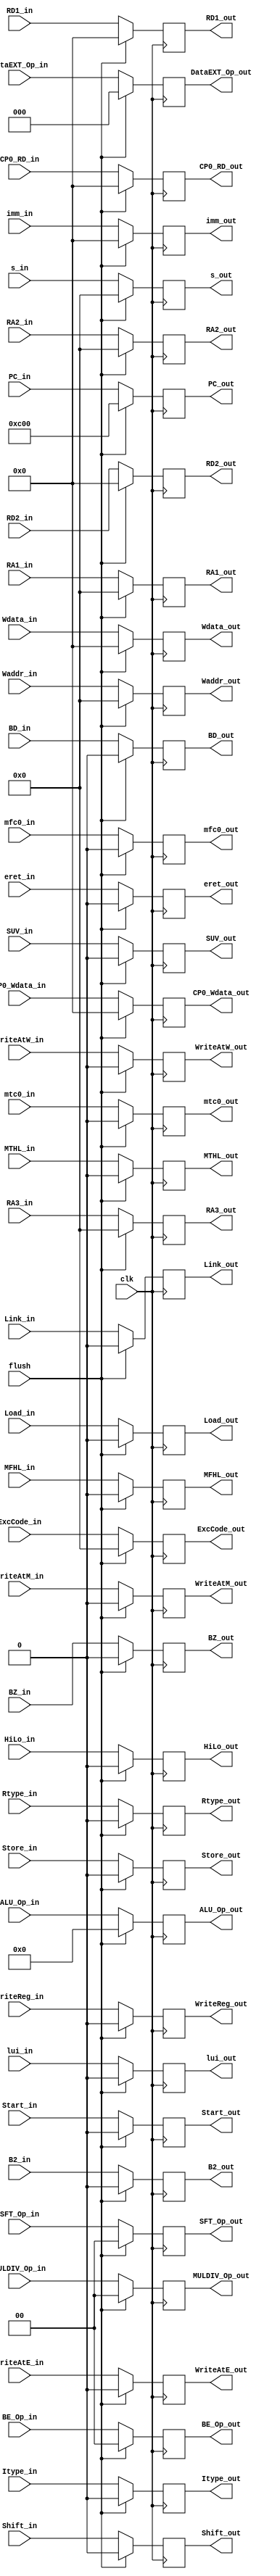
`timescale 1ns / 1ps
//////////////////////////////////////////////////////////////////////////////////
// Company: 
// Engineer: 
// 
// Design Name: 
// Module Name:    ID_EX 
// Project Name: 
// Target Devices: 
// Tool versions: 
// Description: 
//
// Dependencies: 
//
// Revision: 
// Revision 0.01 - File Created
// Additional Comments: 
//
//////////////////////////////////////////////////////////////////////////////////
module ID_EX(
	//signals input
	ALU_Op_in,DataEXT_Op_in,SFT_Op_in,MULDIV_Op_in,BE_Op_in,
	lui_in,Link_in,HiLo_in,Shift_in,MFHL_in,MTHL_in,Start_in,Store_in,Load_in,WriteReg_in,
	BZ_in,B2_in,Itype_in,Rtype_in,SUV_in,
	WriteAtE_in,WriteAtM_in,WriteAtW_in,
	eret_in,mfc0_in,mtc0_in,BD_in,
	//data input
	RD1_in,RD2_in,RA1_in,RA2_in,RA3_in,Waddr_in,Wdata_in,imm_in,s_in,
	PC_in,ExcCode_in,
	CP0_Wdata_in,CP0_RD_in,
	//signals output
	ALU_Op_out,DataEXT_Op_out,SFT_Op_out,MULDIV_Op_out,BE_Op_out,
	lui_out,Link_out,HiLo_out,Shift_out,MFHL_out,MTHL_out,Start_out,Store_out,Load_out,WriteReg_out,
	BZ_out,B2_out,Itype_out,Rtype_out,SUV_out,
	WriteAtE_out,WriteAtM_out,WriteAtW_out,
	eret_out,mfc0_out,mtc0_out,BD_out,
	//data output
	RD1_out,RD2_out,RA1_out,RA2_out,RA3_out,Waddr_out,Wdata_out,imm_out,s_out,
	PC_out,ExcCode_out,
	CP0_Wdata_out,CP0_RD_out,
	//control signals
	clk,flush
   );
	input clk,flush;
	input[31:0]RD1_in,RD2_in,Wdata_in,imm_in,CP0_Wdata_in,CP0_RD_in;
	input[31:2]PC_in;
	input[6:2]ExcCode_in;
	input[4:0]RA1_in,RA2_in,RA3_in,Waddr_in,s_in;
	input[3:0]ALU_Op_in;
	input[2:0]DataEXT_Op_in;
	input[1:0]SFT_Op_in,MULDIV_Op_in,BE_Op_in;
	input lui_in,Link_in,HiLo_in,Shift_in,MFHL_in,MTHL_in,Start_in,Store_in,Load_in,WriteReg_in,
			BZ_in,B2_in,Itype_in,Rtype_in,SUV_in,
			WriteAtE_in,WriteAtM_in,WriteAtW_in,
			eret_in,mfc0_in,mtc0_in,BD_in;
	output reg[31:0]RD1_out,RD2_out,Wdata_out,imm_out,CP0_Wdata_out,CP0_RD_out;
	output reg[31:2]PC_out;
	output reg[6:2]ExcCode_out;
	output reg[4:0]RA1_out,RA2_out,RA3_out,Waddr_out,s_out;
	output reg[3:0]ALU_Op_out;
	output reg[2:0]DataEXT_Op_out;
	output reg[1:0]SFT_Op_out,MULDIV_Op_out,BE_Op_out;
	output reg lui_out,Link_out,HiLo_out,Shift_out,MFHL_out,MTHL_out,Start_out,Store_out,Load_out,WriteReg_out,
				  BZ_out,B2_out,Itype_out,Rtype_out,SUV_out,
				  WriteAtE_out,WriteAtM_out,WriteAtW_out,
				  eret_out,mfc0_out,mtc0_out,BD_out;
	
	initial begin
		ALU_Op_out <= 0;
		DataEXT_Op_out <= 0;
		SFT_Op_out <= 0;
		MULDIV_Op_out <= 0;
		BE_Op_out <= 0;
		lui_out <= 0;
		Link_out <= 0;
		HiLo_out <= 0;
		Shift_out <= 0;
		MFHL_out <= 0;
		MTHL_out <= 0;
		Start_out <= 0;
		Store_out <= 0;
		Load_out <= 0;
		WriteReg_out <= 0;
		BZ_out <= 0;
		B2_out <= 0;
		Itype_out <= 0;
		Rtype_out <= 0;
		SUV_out <= 0;
		WriteAtE_out <= 0;
		WriteAtM_out <= 0;
		WriteAtW_out <= 0;
		RD1_out <= 0;
		RD2_out <= 0;
		RA1_out <= 0;
		RA2_out <= 0;
		RA3_out <= 0;
		Waddr_out <= 0;
		Wdata_out <= 0;
		imm_out <= 0;
		s_out <= 0;
		PC_out <= 32'hc00;
		ExcCode_out <= 0;
		eret_out <= 0;
		mfc0_out <= 0;
		mtc0_out <= 0;
		CP0_Wdata_out <= 0;
		CP0_RD_out <= 0;
		BD_out <= 0;
	end
	
	always @(posedge clk)begin
		if(flush)begin
			ALU_Op_out <= 0;
			DataEXT_Op_out <= 0;
			SFT_Op_out <= 0;
			MULDIV_Op_out <= 0;
			BE_Op_out <= 0;
			lui_out <= 0;
			Link_out <= 0;
			HiLo_out <= 0;
			Shift_out <= 0;
			MFHL_out <= 0;
			MTHL_out <= 0;
			Start_out <= 0;
			Store_out <= 0;
			Load_out <= 0;
			WriteReg_out <= 0;
			BZ_out <= 0;
			B2_out <= 0;
			Itype_out <= 0;
			Rtype_out <= 0;
			SUV_out <= 0;
			WriteAtE_out <= 0;
			WriteAtM_out <= 0;
			WriteAtW_out <= 0;
			RD1_out <= 0;
			RD2_out <= 0;
			RA1_out <= 0;
			RA2_out <= 0;
			RA3_out <= 0;
			Waddr_out <= 0;
			Wdata_out <= 0;
			imm_out <= 0;
			s_out <= 0;
			PC_out <= 32'hc00;
			ExcCode_out <= 0;
			eret_out <= 0;
			mfc0_out <= 0;
			mtc0_out <= 0;
			CP0_Wdata_out <= 0;
			CP0_RD_out <= 0;
			BD_out <= 0;
		end
		else begin
			ALU_Op_out <= ALU_Op_in;
			DataEXT_Op_out <= DataEXT_Op_in;
			SFT_Op_out <= SFT_Op_in;
			MULDIV_Op_out <= MULDIV_Op_in;
			BE_Op_out <= BE_Op_in;
			lui_out <= lui_in;
			Link_out <= Link_in;
			HiLo_out <= HiLo_in;
			Shift_out <= Shift_in;
			MFHL_out <= MFHL_in;
			MTHL_out <= MTHL_in;
			Start_out <= Start_in;
			Store_out <= Store_in;
			Load_out <= Load_in;
			WriteReg_out <= WriteReg_in;
			BZ_out <= BZ_in;
			B2_out <= B2_in;
			Itype_out <= Itype_in;
			Rtype_out <= Rtype_in;
			SUV_out <= SUV_in;
			WriteAtE_out <= WriteAtE_in;
			WriteAtM_out <= WriteAtM_in;
			WriteAtW_out <= WriteAtW_in;
			RD1_out <= RD1_in;
			RD2_out <= RD2_in;
			RA1_out <= RA1_in;
			RA2_out <= RA2_in;
			RA3_out <= RA3_in;
			Waddr_out <= Waddr_in;
			Wdata_out <= Wdata_in;
			imm_out <= imm_in;
			s_out <= s_in;
			PC_out <= PC_in;
			ExcCode_out <= ExcCode_in;
			eret_out <= eret_in;
			mfc0_out <= mfc0_in;
			mtc0_out <= mtc0_in;
			CP0_Wdata_out <= CP0_Wdata_in;
			CP0_RD_out <= CP0_RD_in;
			BD_out <= BD_in;
		end
	end

endmodule